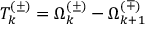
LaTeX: T _ { k } ^ { ( \pm ) } = \Omega _ { k } ^ { ( \pm ) } - \Omega _ { k + 1 } ^ { ( \mp ) }